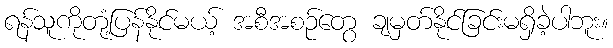
ရန်သူကိုတုံ့ပြန်နိုင်မယ့် အစီအစဉ်တွေ ချမှတ်နိုင်ခြင်းမရှိခဲ့ပါဘူး။